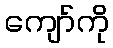
ကျော်ကို